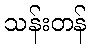
သန်းတန်